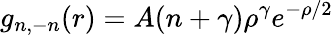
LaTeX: g_{n,-n}(r)=A(n+\gamma)\rho^{\gamma}e^{-\rho/2}